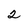
Character: 2